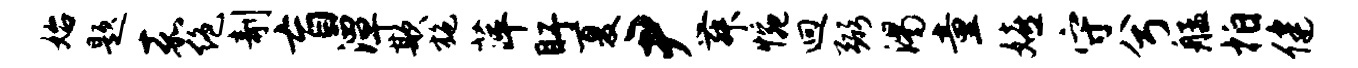
始题嘉绝剞盲潭欺施萍盱夏尹舞惋迥弼渴童嬉守兮艋拍健